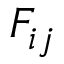
F _ { i j }